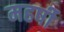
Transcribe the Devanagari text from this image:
महर्षी